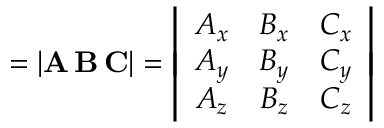
= | \mathbf { A } \, \mathbf { B } \, \mathbf { C } | = \left| { \begin{array} { c c c } { A _ { x } } & { B _ { x } } & { C _ { x } } \\ { A _ { y } } & { B _ { y } } & { C _ { y } } \\ { A _ { z } } & { B _ { z } } & { C _ { z } } \end{array} } \right|